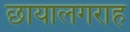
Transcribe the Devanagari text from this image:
छायालगराह